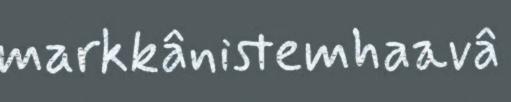
markkânistemhaavâ